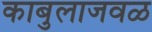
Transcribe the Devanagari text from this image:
काबुलाजवळ